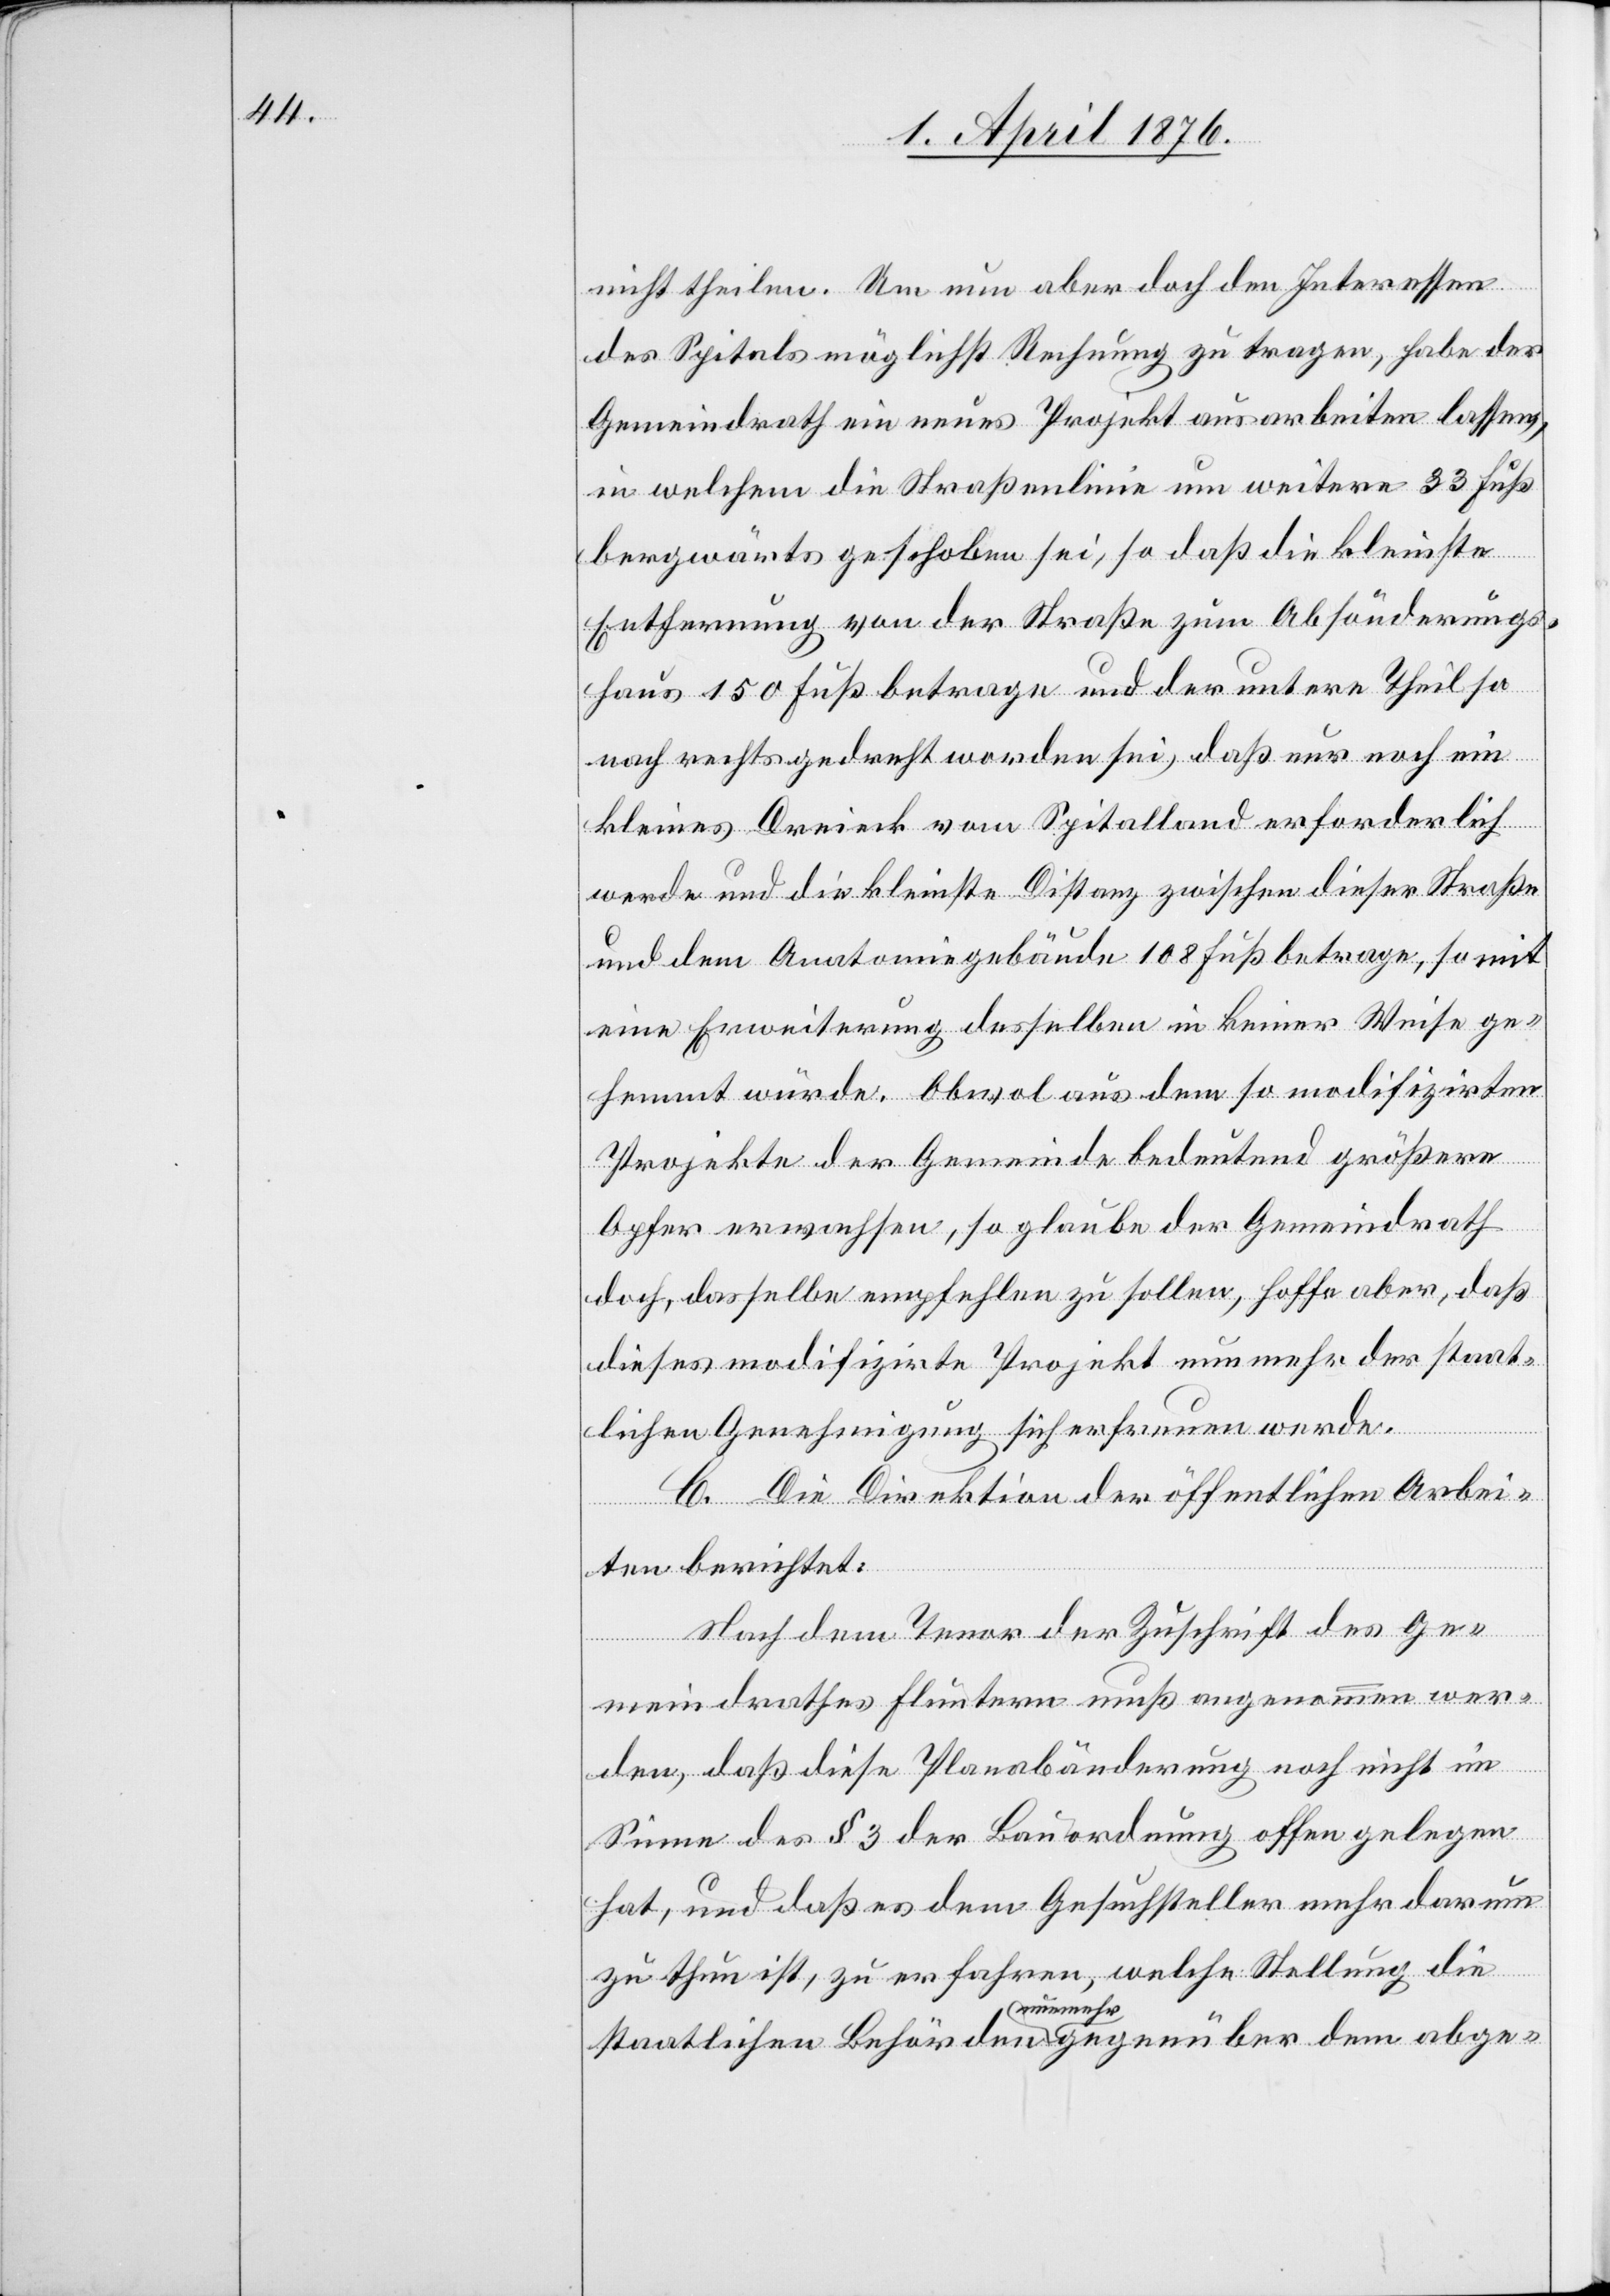
nicht theilen. Um nun aber doch den Interessen
des Spitals möglichst Rechnung zu tragen, habe der
Gemeindrath ein neues Projekt ausarbeiten lassen,
in welchem die Straßenlinie um weitere 33 Fuß
bergwärts geschoben sei, so daß die kleinste
Entfernung von der Straße zum Absonderungs¬
haus 150 Fuß betrage und der untere Theil so
nach rechts gedreht worden sei, daß nur noch ein
kleines Dreieck vom Spitalland erforderlich
werde und die kleinste Distanz zwischen dieser Straße
und dem Anatomiegebäude 108 Fuß betrage, somit
eine Erweiterung desselben in keines Weise ge¬
hemmt würde. Obwol aus dem so modifizirten
Projekte der Gemeinde bedeutend größere
Opfer erwachsen, so glaube der Gemeindrath
doch, dasselbe empfehlen zu sollen, hoffe aber, daß
dieses modifizirte Projekt nunmehr der staat¬
lichen Genehmigung sich erfreuen werde.
C. Die Direktion der öffentlichen Arbei¬
ten berichtet:
Nach dem Tenor der Zuschrift des Ge¬
meindrathes Fluntern muß angenommen wer¬
den, daß diese Planabänderung noch nicht im
Sinne des § 3 der Bauordnung offen gelegen
hat, und daß es dem Gesuchsteller mehr darum
zu thun ist, zu erfahren, welche Stellung die
staatlichen Behörden nunmehr gegenüber dem abge-